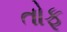
તોફૂ